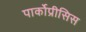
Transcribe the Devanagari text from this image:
पार्कोप्रीसिस